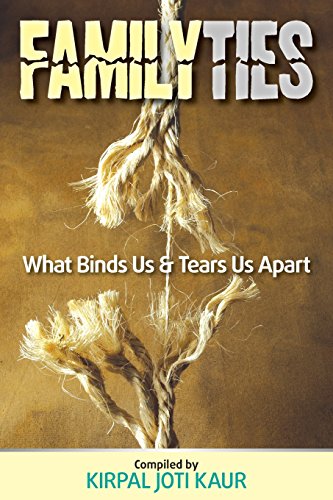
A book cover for Family Ties - What Binds Us & Tears Us Apart; Alara Payten; Parenting & Relationships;